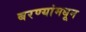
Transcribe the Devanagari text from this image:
बरण्यांमधून